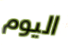
اليوم